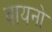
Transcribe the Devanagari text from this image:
वायनो